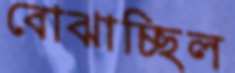
বোঝাচ্ছিল